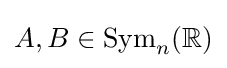
A,B\in {\mbox{Sym}}_{n}(\mathbb {R} )